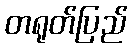
တရုတ်ပြည်